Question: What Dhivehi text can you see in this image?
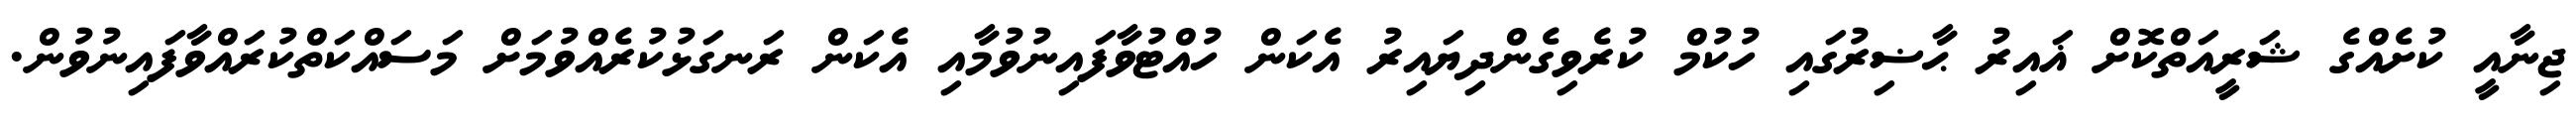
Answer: ޖިނާއީ ކުށެއްގެ ޝަރީއަތްކޮށް ޣައިރު ޙާޟިރުގައި ހުކުމް ކުރެވިގެންދިޔައިރު އެކަން ހުއްޓުވާފައިނުވުމާއި އެކަން ރަނގަޅުކުރެއްވުމަށް މަސައްކަތްކުރައްވާފައިނުވުން.